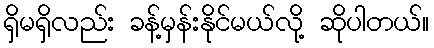
ရှိမရှိလည်း ခန့်မှန်းနိုင်မယ်လို့ ဆိုပါတယ်။